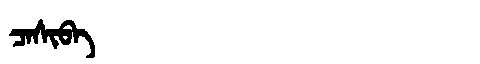
Manchu: ᠴᠠᠰᡳᠪᠠ
Romanization: CASIBA